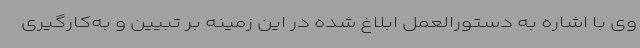
وی با اشاره به دستورالعمل ابلاغ شده در این زمینه بر تبیین و به‌کارگیری